Indian journal of veterinary science and animal husbandry - Volume 3,
Year: 1933
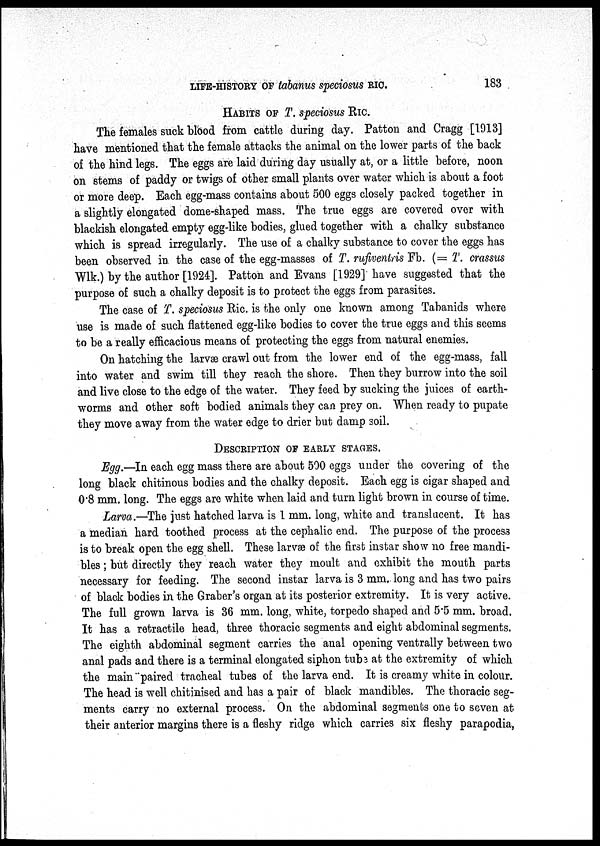
LIFE-HISTORY OF tabanus speciosus
RIC.
183
HABITS OF T. speciosus RIC.
The females suck blood from cattle during day. Patton and Cragg [1913]
have mentioned that the female attacks the animal on the lower parts of the back
of the hind legs. The eggs are laid during day usually at, or a little before, noon
on stems of paddy or twigs of other small plants over water which is about a foot
or more deep. Each egg-mass contains about 500 eggs closely packed together in
a slightly elongated dome-shaped mass. The true eggs are covered over with
blackish elongated empty egg-like bodies, glued together with a chalky substance
which is spread irregularly. The use of a chalky substance to cover the eggs has
been observed in the case of the egg-masses of T. rufiventris Fb. (= T. crassus
Wlk.) by the author [1924]. Patton and Evans [1929] have suggested that the
purpose of such a chalky deposit is to protect the eggs from parasites.
The case of T. speciosus Ric. is the only one known among Tabanids where
use is made of such flattened egg-like bodies to cover the true eggs and this seems
to be a really efficacious means of protecting the eggs from natural enemies.
On hatching the larvæ crawl out from the lower end of the egg-mass, fall
into water and swim till they reach the shore. Then they burrow into the soil
and live close to the edge of the water. They feed by sucking the juices of earth-
worms and other soft bodied animals they can prey on. When ready to pupate
they move away from the water edge to drier but damp soil.
DESCRIPTION OF EARLY STAGES.
Egg.—In each egg mass there are about 500 eggs under the covering of the
long black chitinous bodies and the chalky deposit. Each egg is cigar shaped and
0.8 mm. long. The eggs are white when laid and turn light brown in course of time.
Larva.—The just hatched larva is 1 mm. long, white and translucent. It has
a median hard toothed process at the cephalic end. The purpose of the process
is to break open the egg shell. These larvæ of the first instar show no free mandi-
bles ; but directly they reach water they moult and exhibit the mouth parts
necessary for feeding. The second instar larva is 3 mm, long and has two pairs
of black bodies in the Graber's organ at its posterior extremity. It is very active.
The full grown larva is 36 mm. long, white, torpedo shaped and 5.5 mm. broad.
It has a retractile head, three thoracic segments and eight abdominal segments.
The eighth abdominal segment carries the anal opening ventrally between two
anal pads and there is a terminal elongated siphon tube at the extremity of which
the main paired tracheal tubes of the larva end. It is creamy white in colour.
The head is well chitinised and has a pair of black mandibles. The thoracic seg-
ments carry no external process. On the abdominal segments one to seven at
their anterior margins there is a fleshy ridge which carries six fleshy parapodia,